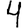
Digit: 4